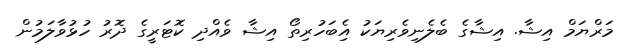
މަރްޔަމް އިޝާ. އިޝާގެ ބެލެނިވެރިޔަކު އިެބަހުރިތޯ އިޝާ ވެއްދި ކޮޓަރީގެ ދޮރު ހުޅުވާލަމުން